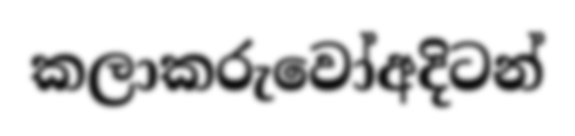
කලාකරුවෝඅදිටන්